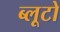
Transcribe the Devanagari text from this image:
ब्लूटो